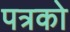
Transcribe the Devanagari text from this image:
पत्रको